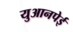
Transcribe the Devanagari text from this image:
युआनपेई